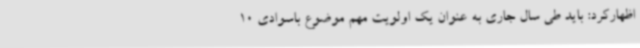
اظهارکرد: باید طی سال جاری به عنوان یک اولویت مهم موضوع باسوادی 10